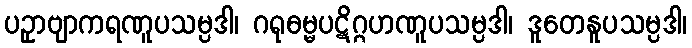
ပဥှာဗျာကရဏူပသမ္ပဒါ၊ ဂရုဓမ္မပဋိဂ္ဂဟဏူပသမ္ပဒါ၊ ဒူတေနူပသမ္ပဒါ၊